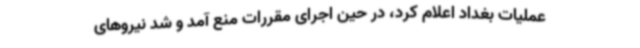
عملیات بغداد اعلام کرد، در حین اجرای مقررات منع آمد و شد نیروهای